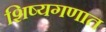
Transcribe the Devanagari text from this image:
शिष्यगणात